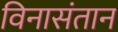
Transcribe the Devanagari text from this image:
विनासंतान